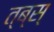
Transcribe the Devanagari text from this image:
त्ब्स्